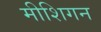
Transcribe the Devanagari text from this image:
मीशिगन